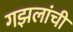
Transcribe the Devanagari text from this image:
गझलांची